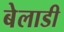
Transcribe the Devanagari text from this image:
बेलाडी